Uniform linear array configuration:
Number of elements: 12
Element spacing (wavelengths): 0.5
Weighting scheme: hann
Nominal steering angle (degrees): -45
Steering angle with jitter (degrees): -46.27
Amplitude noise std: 0.05
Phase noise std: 0.05

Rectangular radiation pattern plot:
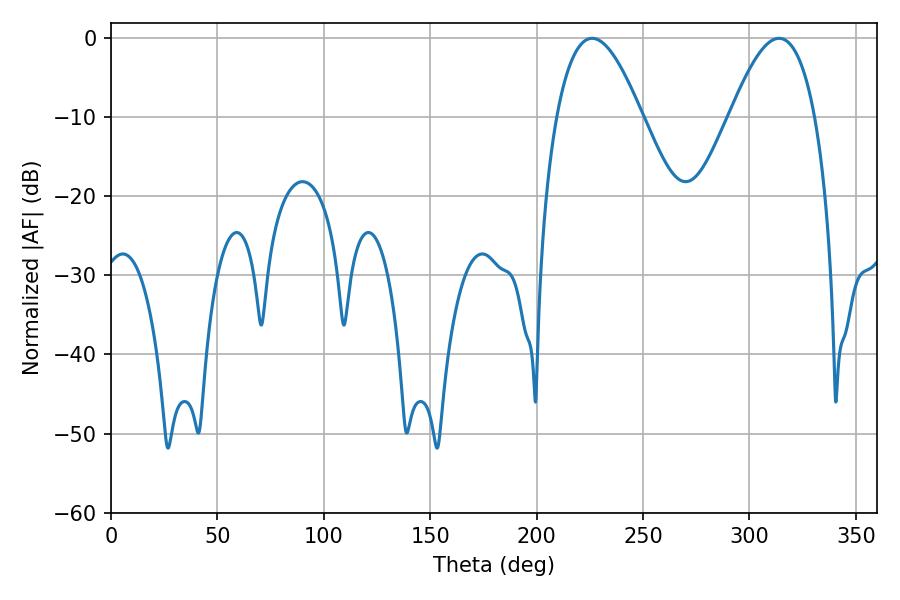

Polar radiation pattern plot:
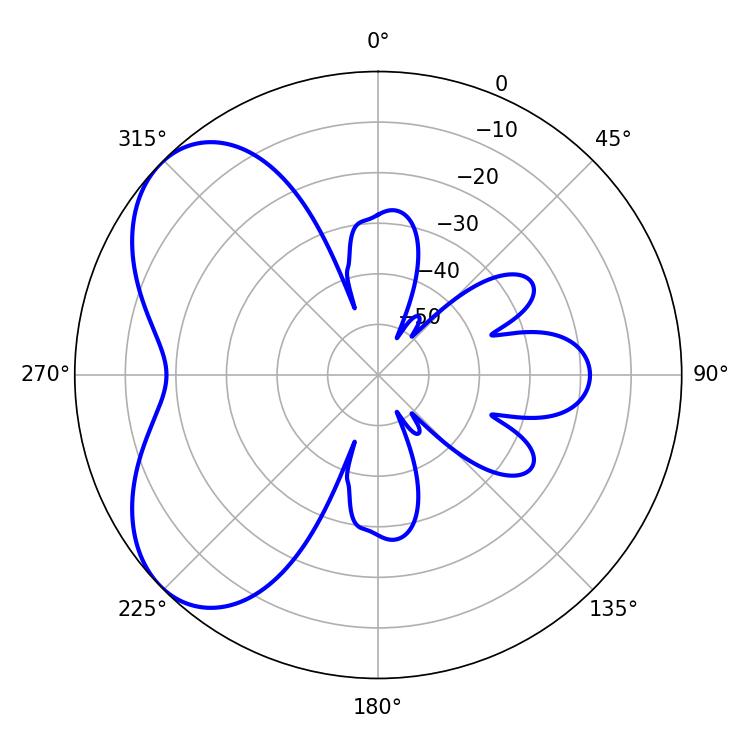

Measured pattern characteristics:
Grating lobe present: FALSE
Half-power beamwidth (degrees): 21.96
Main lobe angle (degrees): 226.08